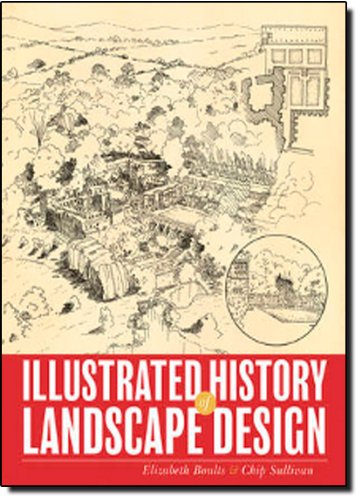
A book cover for Illustrated History of Landscape Design; Chip Sullivan; Arts & Photography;